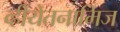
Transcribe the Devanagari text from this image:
व्हीयेतनामिज